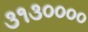
૩૧૩૦૦૦૦